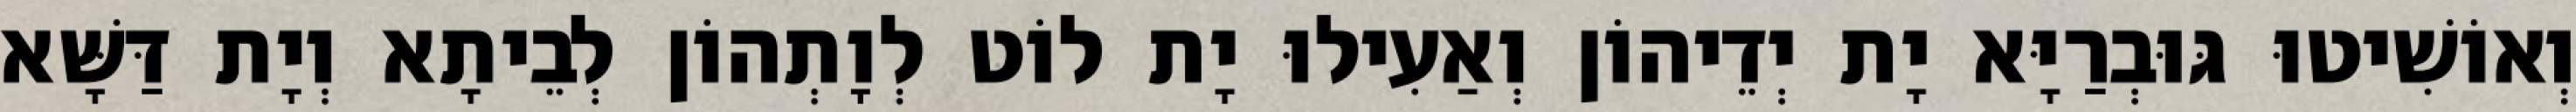
וְאוֹשִׁיטוּ גּוּבְרַיָּא יָת יְדֵיהוֹן וְאַעִילוּ יָת לוֹט לְוָתְהוֹן לְבֵיתָא וְיָת דַּשָּׁא